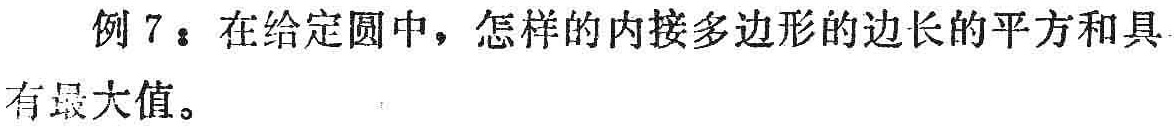
例 7：在给定圆中，怎样的内接多边形的边长的平方和具有最大值。